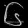
Digit: ၆